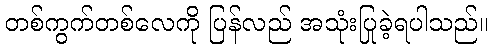
တစ်ကွက်တစ်လေကို ပြန်လည် အသုံးပြုခဲ့ရပါသည်။